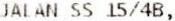
JALAN SS 15/4B,